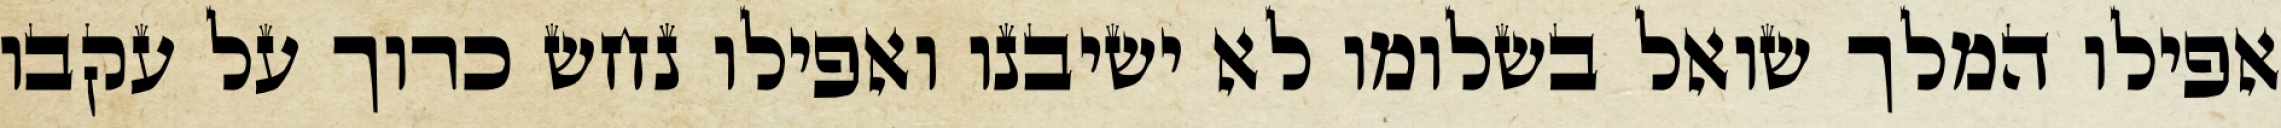
אפילו המלך שואל בשלומו לא ישיבנו ואפילו נחש כרוך על עקבו